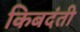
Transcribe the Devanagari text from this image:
किबदंती